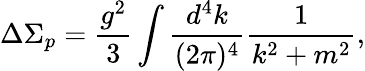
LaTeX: \Delta\Sigma_{p}=\frac{g^{2}}3\int\frac{d^{4}k}{(2\pi)^{4}}\frac 1{k^{2}+m^{2}},